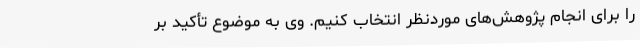
را برای انجام پژوهش‌های موردنظر انتخاب کنیم. وی به موضوع تأکید بر